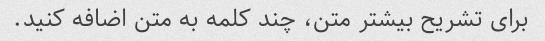
برای تشریح بیشتر متن، چند کلمه به متن اضافه کنید.